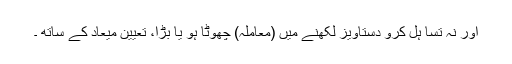
اور نہ تسا ہل کرو دستاویز لکھنے میں (معاملہ) چھوٹا ہو یا بڑا، تعیینِ میعاد کے ساتھ ۔